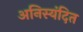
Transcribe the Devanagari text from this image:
अनिस्यंदित